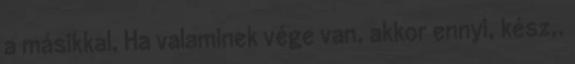
a másikkal. Ha valaminek vége van, akkor ennyi, kész,.